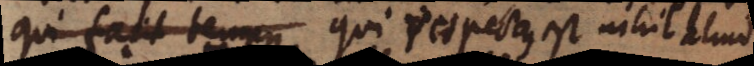
qui facit tempus qui respectus est nihil aliud